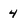
Character: 4